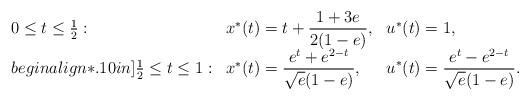
LaTeX: \begin{align*}\begin{array}{lll}{0\leq t\leq \frac{1}{2}}:& x^*(t)=\displaystyle{t+\frac{1+3e}{2(1-e)},}& u^*(t)=1,\\begin{align*}.10in]{\frac{1}{2} \leq t\leq 1}:& x^*(t)=\displaystyle{\frac{e^t + e^{2-t}}{\sqrt{e}(1-e)},}& \displaystyle{u^*(t)=\frac{e^t - e^{2-t}}{\sqrt{e}(1-e)} .}\end{array}\end{align*}